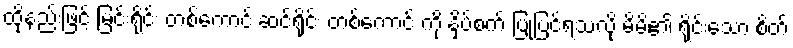
ထိုနည်းဖြင့် မြင်းရိုင်း တစ်ကောင် ဆင်ရိုင်း တစ်ကောင် ကို နှိပ်စက် ပြုပြင်ရသလို မိမိ၏ ရိုင်းသော စိတ်